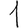
Digit: 1